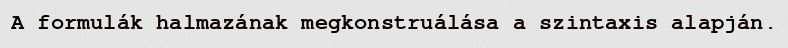
A formulák halmazának megkonstruálása a szintaxis alapján.